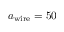
a _ { \mathrm { w i r e } } = 5 0